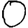
Digit: 0